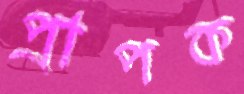
প্রাপক